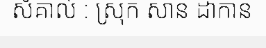
សំគាល់ : ស្រុក សាន ដាកាន